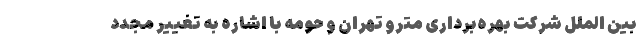
بین الملل شرکت بهره‌برداری مترو تهران و حومه با اشاره به تغییر مجدد